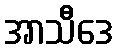
အာသီဒေ